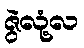
ဇွဲလုံ့လ